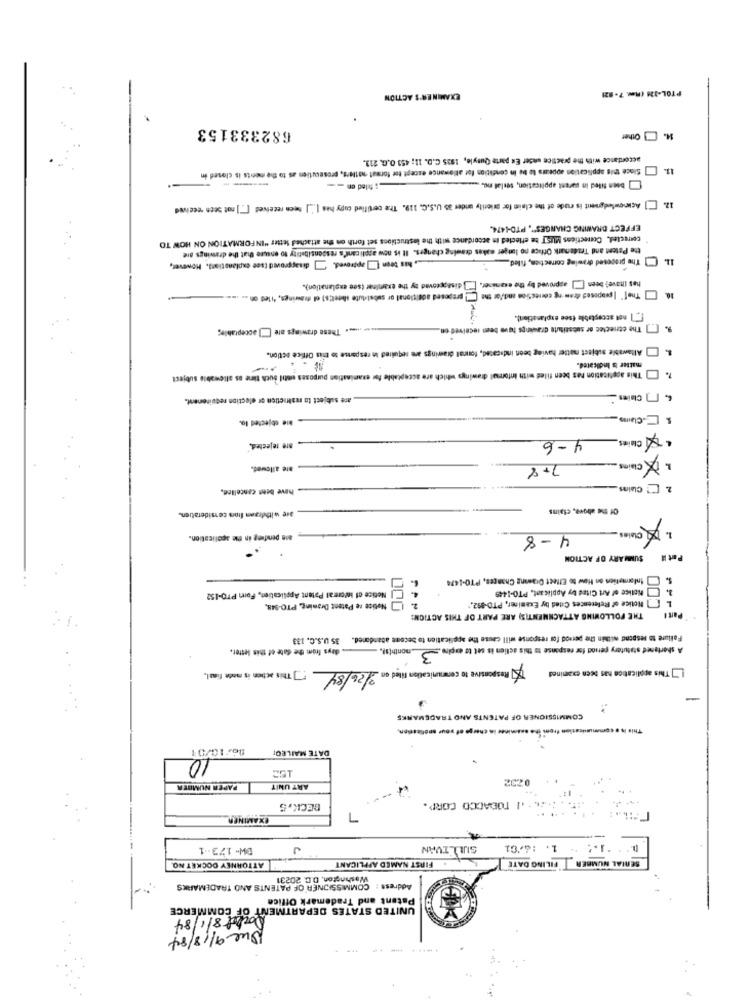
..
EXAMINER'S ACTION
PTOL-121 (Rev. 7-82)
682333153
14. Other
accordance with the practice under En parte Quayle, 1935 C.D. 11: 453 O.G. 213.
; filed en --
been filed in parent application, seslat no. .....
13. ] Since this application appears to be in condition for allowance except tor format oflers, prestoutien as to the ments is closed in
"] Acknowledgment is rude of the claim for priority under 35 U.S.C. 119. The certified copy has |." ] been received [] not sech received
12.
EFFECT DRAWING CHANGES", PTD-1474.
corrected, Corrections MUST be eflected in accordance with the lestructions set forth on the attached letter "INFORMATION ON HOW TO
the Patent and Trademark Office no longer makes drawing changes. It is now appli cant's responsibility to ensure that the drawings die
11.] The proposed drawing correction, filled,
, has been ] approved. ] disapproved (see caplanstions. However,
has (have) been [[E] approved by the examiner.
disapproved by the examinar (see explanation).
proposed additional or substitute sheet!s) el drawings, 'iled on .. .......
The[" |proposed dram ng correction and/or the [
10.
[,] not acceptable see explanation).
www. These drawings are [[] acceptable;
% [.] The etrectec ar substitute drawings have been received
1. Allanabe subject matter having beef indicated, fonnat drawings are required in response to bis Office action.
matter is Indicated.
7. This application has been filed with Informal drawings which are acceptable for examination purposes entil Such time as allowable subject
are subject to restriction or election requinenent.
". ] Claims
bie objected to.
& -Claus
4 -6
, are rejected,"
1. X Claims
ale allowed.
7+8
have been cancelled,
2 [ Claims
Of the above, clains
are withdraen fion consideration.
1. Ciales
ain pending in Ble application.
4 - 8
SUMMARY OF ACTION
Part il
Information on How to Effect Ousmane Chances, PTO-1474
5.
Notice of Art Cited by Applicant, PTO-1449
Netice of Inforral Patent Application, Forn PTO-152
Notice of References Cited by Examiner, PTO-892.
2.[] Notice re Patent Drawing, PTO-948,
THE FOLLOWING ATTACHMENTIS) ARE PART OF THIS ACTION:
Part I
Failure to respond within the period for response will cause the application to become abandoned. 35 U.S.C. 133
days from the date of this letter.
month(s).
A shortened statutery period for response to this actien is set to expire.
3
:] This acten is mede final,
[] This application has been examined
Responsive to communication filed on 3/26/84
-
EMARKS
COMMISSIONER OF PATENTS AND T
ation from ine anaminer in charge of your unoficacion,
This
06/10/01
DATE MAILED
10
PAPER NUMBER
ART UNIT
.AKI TOBACCO CORP.
BECK,5
EXAMINEA
BW- 173-1
J
SULLIVAN
1. : 6/01
SERIAL NUMBER
ATTORNEY DOCKET NO.
FIRST NAMED APPLICANT
FILING DATE
Washington, D.C. 20231
Address : COMMISSIONER OF PATENTS AND TRADEMARKS
Patent and Trademark Office
UNITED STATES DEPARTMENT OF COMMERCE
Docket 8/1/84
Que 9/18/84
........